King Institute of Preventive Medicine Micro-Biological Section reports 1912-19
Year: 1912
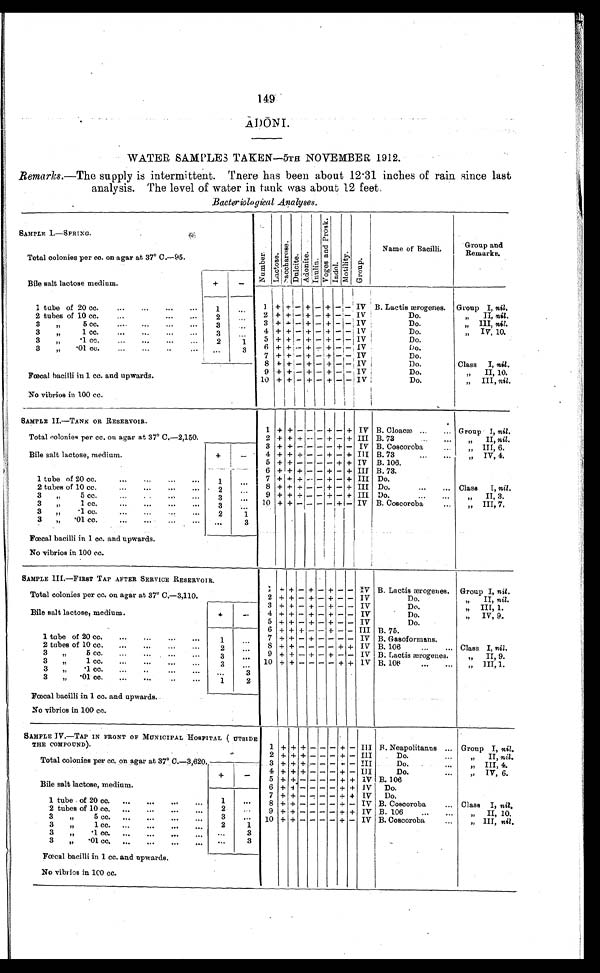
149
ADŌ NI.
WATER. SAMPLES TAKEN—5TH NOVEMBER 1912.
Remarks .—The supply is intermittent. There has been about 12.31 inches of rain since last
analysis. The level of water in tank was about 12 feet.
Bacteriological Analyses .
SAMPLE 1.—SPRING.
N u m b e r .
L a c t o s e
S a c c h a r o s e .
D u l c i t e . A d o n i t e .
I n u l i n .
V o g e s a n d O r o s k .
I n d o l .
M o t i l i t y .
G r o u p
N a m e o f B a c i l l i .
G r o u p a n d R e m a r k s .
Total colonies per ca. on agar at. 37° C.—95.
Bile salt lactose medium.
+
-
1
+
+ -
+
-
+ -
-
IV B. Lactis ærogenes. Group I, nil.
1 tube of 20 cc.
...
...
...
1
. . .
2 + + - + - + - - IV
Do.
„ II, nil.
2 tubes of 10 cc.
...
...
2
. . .
3 „ 5 cc.
...
...
...
3
. . . 3 + + - + - + - - IV
Do.
„ III, nil.
3 „ 1 cc.
...
...
...
3
. . . 4 + + - + - + - - IV
Do.
„ IV, 10.
3 „ .1 cc.
...
...
...
2
. . . 1
5 + + - + - + - - IV
Do.
3 „ .
0 1 c c .
. . .
. . .
. .
. . .
. . .
3 6 + + - + - + - - IV
Do.
7 + + - + - + - - IV
Do.
8 + + - + - + -
-
IV
Do.
Class I , nil.
Fœcal bacilli in 1 cc. and upwards.
9 + + - + - + -
-
IV
Do.
„ II , 10.
10 + + - + - + - - IV
Do
„ III, nil.
No vibrios in 100 cc.
SAMPLE II.—TANK OR RESERVOIR.
1 + + - -
- +
-
+ IV B. Cloacæ ... ... Group I, nil.
Total colonies per cc. on agar at 37° C.—2,150.
2 + +
+ - - + -
+ III B. 73
...
...
„ II, nil.
Bile salt lactose, medium.
+
-
3 + + - - - - + - IV B. Coscoroba
...
„ III, 6.
4 + + + - - + - + IlI B. 73
„ I V , 4 .
5
+ + - - - - + + IV B.106.
1 tube of 20 cc.
...
...
...
...
1
. . .
6
+ + + - - + - + III B. 73.
7 + + + - - + - + III Do.
2 tubes of 10 cc.
...
...
8
+ + + - - + - + III Do.
...
... Class I, nil.
2
. . .
3 „ 5 cc.
...
...
...
9 + + + - - + - + III Do.
...
..
.
„ II, 3.
3
. . .
10 + + - - - - + - IV B. Coscoroba ...
„ I I I , 7 .
3 „ 1 cc.
...
...
...
...
3
1
3 „ .1 cc.
...
...
. . .
...
2
1
3 „ .01 cc.
...
...
...
... ...
3
Fœcal bacilli in 1 cc. and upwards.
No vibrios in 100 cc.
SAMPLE III.—FIRST TAP AFTER SERVICE RESERVOIR.
1
+ + - + - + - - IV B. Lactis ærogenes. Group I, nil .
Total colonies per cc. on agar at 37° C.—3,110.
2 + + - + - + - - TV
Do.
„ II, nil.
3 + + - + - + - - IV
Do.
„ III, 1.
Bile salt lactose, medium.
+
-
4 + + - + - + - - IV
Do.
„ IV, 9.
5
+ + - + - + - - IV
Do.
6
+ + + -- - + - - III B.75.
1 tube of 20 cc.
...
...
...
...
1
...
'7 + + - + - - - - IV B. Gasoformans.
8 + + - - - - + + IV B. 106
...
... Class I, nil .
2 tubes of 10 cc.
...
...
. . .
...
...
2
. . .
3 „ 1cc.
...
...
. . .
...
3
. . .
9 + + - + - + - - IV B. Lactis ærogenes.
„
II, 9.
3 „ 1 cc.
...
...
...
..
3
. . .
10 + + - - - - + + IV B. 106
...
...
„ III, 1.
3 „ .1 co.
...
... . ...
. . .
3
3 „ .01 cc.
...
...
1
2
Fœcal bacilli in 1 cc. and upwards.
No vibrios in 100 cc.
SAMPLE IV.—TAP IN FRONT OF MUNICIPAL HOSPITAL ( UTSIDE
THE COMPOUND).
1 + + + - - - + - III B. Neapolitanus ... Group I, nil.
Total colonies per cc, on agar at 37° C.—3,620.
2 + + + - - - + - III
Do....
„ II, nil.
3 + + + - - - + - III
Do.
...
„ III, 4.
Bile salt lactose, medium.
+
-
4 + + + - - - + - III
Do.
...
„ IV, 6.
5
+ + - - - - + +
I V B. 106
6 + + - - - - - + + 1V Do.
1 tube of 20 cc. ...
...
...
. . .
1
. . .
7
+ + - - - - + + IV Do.
8 + + - - - - + - IV B. Coscoroba
... Class I, nil.
2 tubes of 10 cc. ...
...
...
. . .
2
. . . 9 + + - - - - + + IV B. 106
...
...
„ I I , 1 0 .
3 „ 5cc....
...
. . .
. . .
3
. . . 10 + + - - - - + - IV B. Coscoroba
„ III, nil.
3 „ 1 cc.
...
. . .
2
1
3 „ .1 cc. ...
...
...
...
. . .
3
3 „ .01 cc. ....
...
...
... ...
3
Fœcal bacilli in 1 cc. and upwards.
No vibrios in 100 cc.